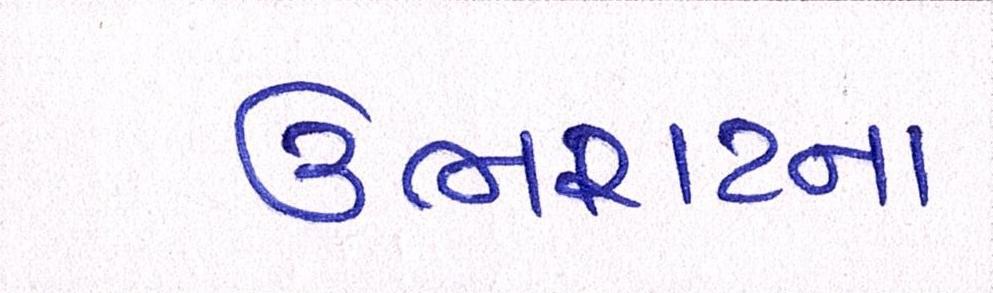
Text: ઉભરાટના